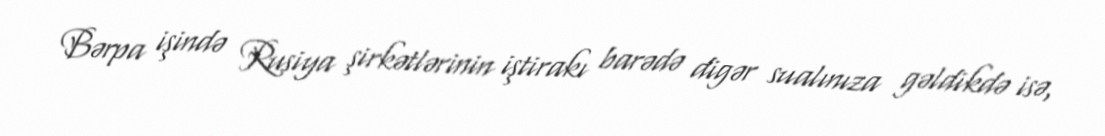
Bərpa işində Rusiya şirkətlərinin iştirakı barədə digər sualınıza gəldikdə isə,